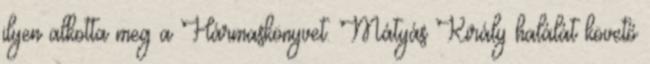
ilyen alkotta meg a Hármaskönyvet. Mátyás Király halálát követő